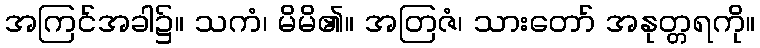
အကြင်အခါ၌။ သကံ၊ မိမိ၏။ အတြဇံ၊ သားတော် အနုတ္တရကို။